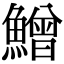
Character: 鱛